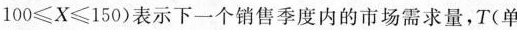
$$1 0 0 ≤ X ≤ 1 5 0$$)表示下一个销售季度内的市场需求量，T(单